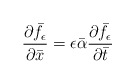
\begin{align*}\frac{\partial \bar{f}_{\epsilon}}{\partial \bar{x}} = \epsilon \bar{\alpha}\frac{\partial \bar{f}_{\epsilon}}{\partial \bar{t}}\end{align*}